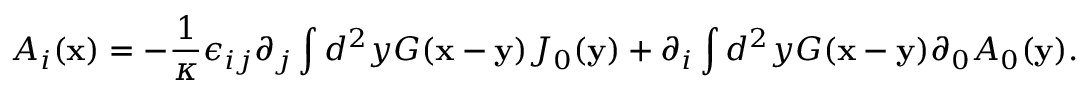
A _ { i } ( { \bf x } ) = - \frac { 1 } { \kappa } \epsilon _ { i j } \partial _ { j } \int d ^ { 2 } y G ( { \bf x } - { \bf y } ) J _ { 0 } ( { \bf y } ) + \partial _ { i } \int d ^ { 2 } y G ( { \bf x } - { \bf y } ) \partial _ { 0 } A _ { 0 } ( { \bf y } ) .